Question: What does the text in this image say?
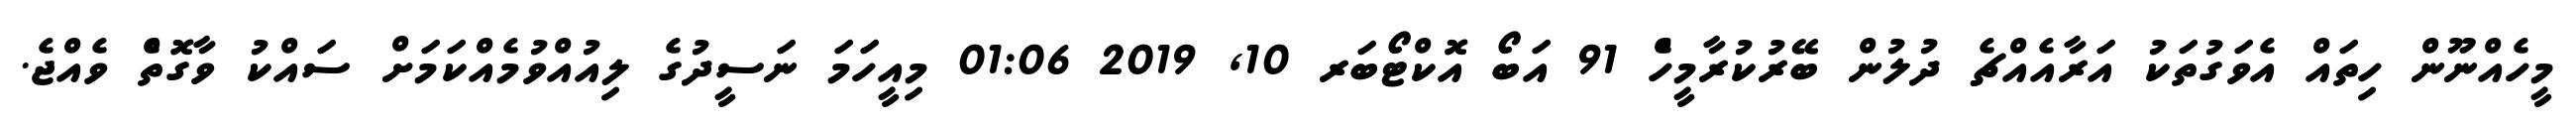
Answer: މީހެއްނޫން ހިތައް އެވަގުތަކު އަރާއެއްޗެ ދުލުން ބޭރުކުރާމީހެް 91 އަބޯ އޮކްޓޯބަރ 10, 2019 01:06 މިއީހަމަ ނަސީދުގެ ލިއުއްވުމެއްކަމަށް ސައްކު ވާގޮތެް ވެއްޖެ.